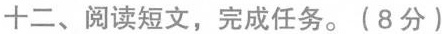
十二、阅读短文,完成任务.(8 分)